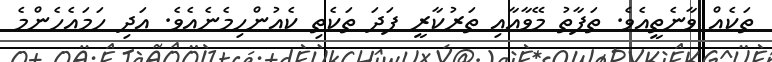
ތަކެއް ވާނެތީއެވެ. ތަފާތު މޭވާއާއި ތަރުކާރީ ފަދަ ތަކެތި ކެއުންހިމެނެއެވެ. އަދި ހަމައެހެންމެ